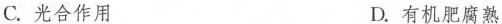
C. 光合作用 D. 有机肥腐熟